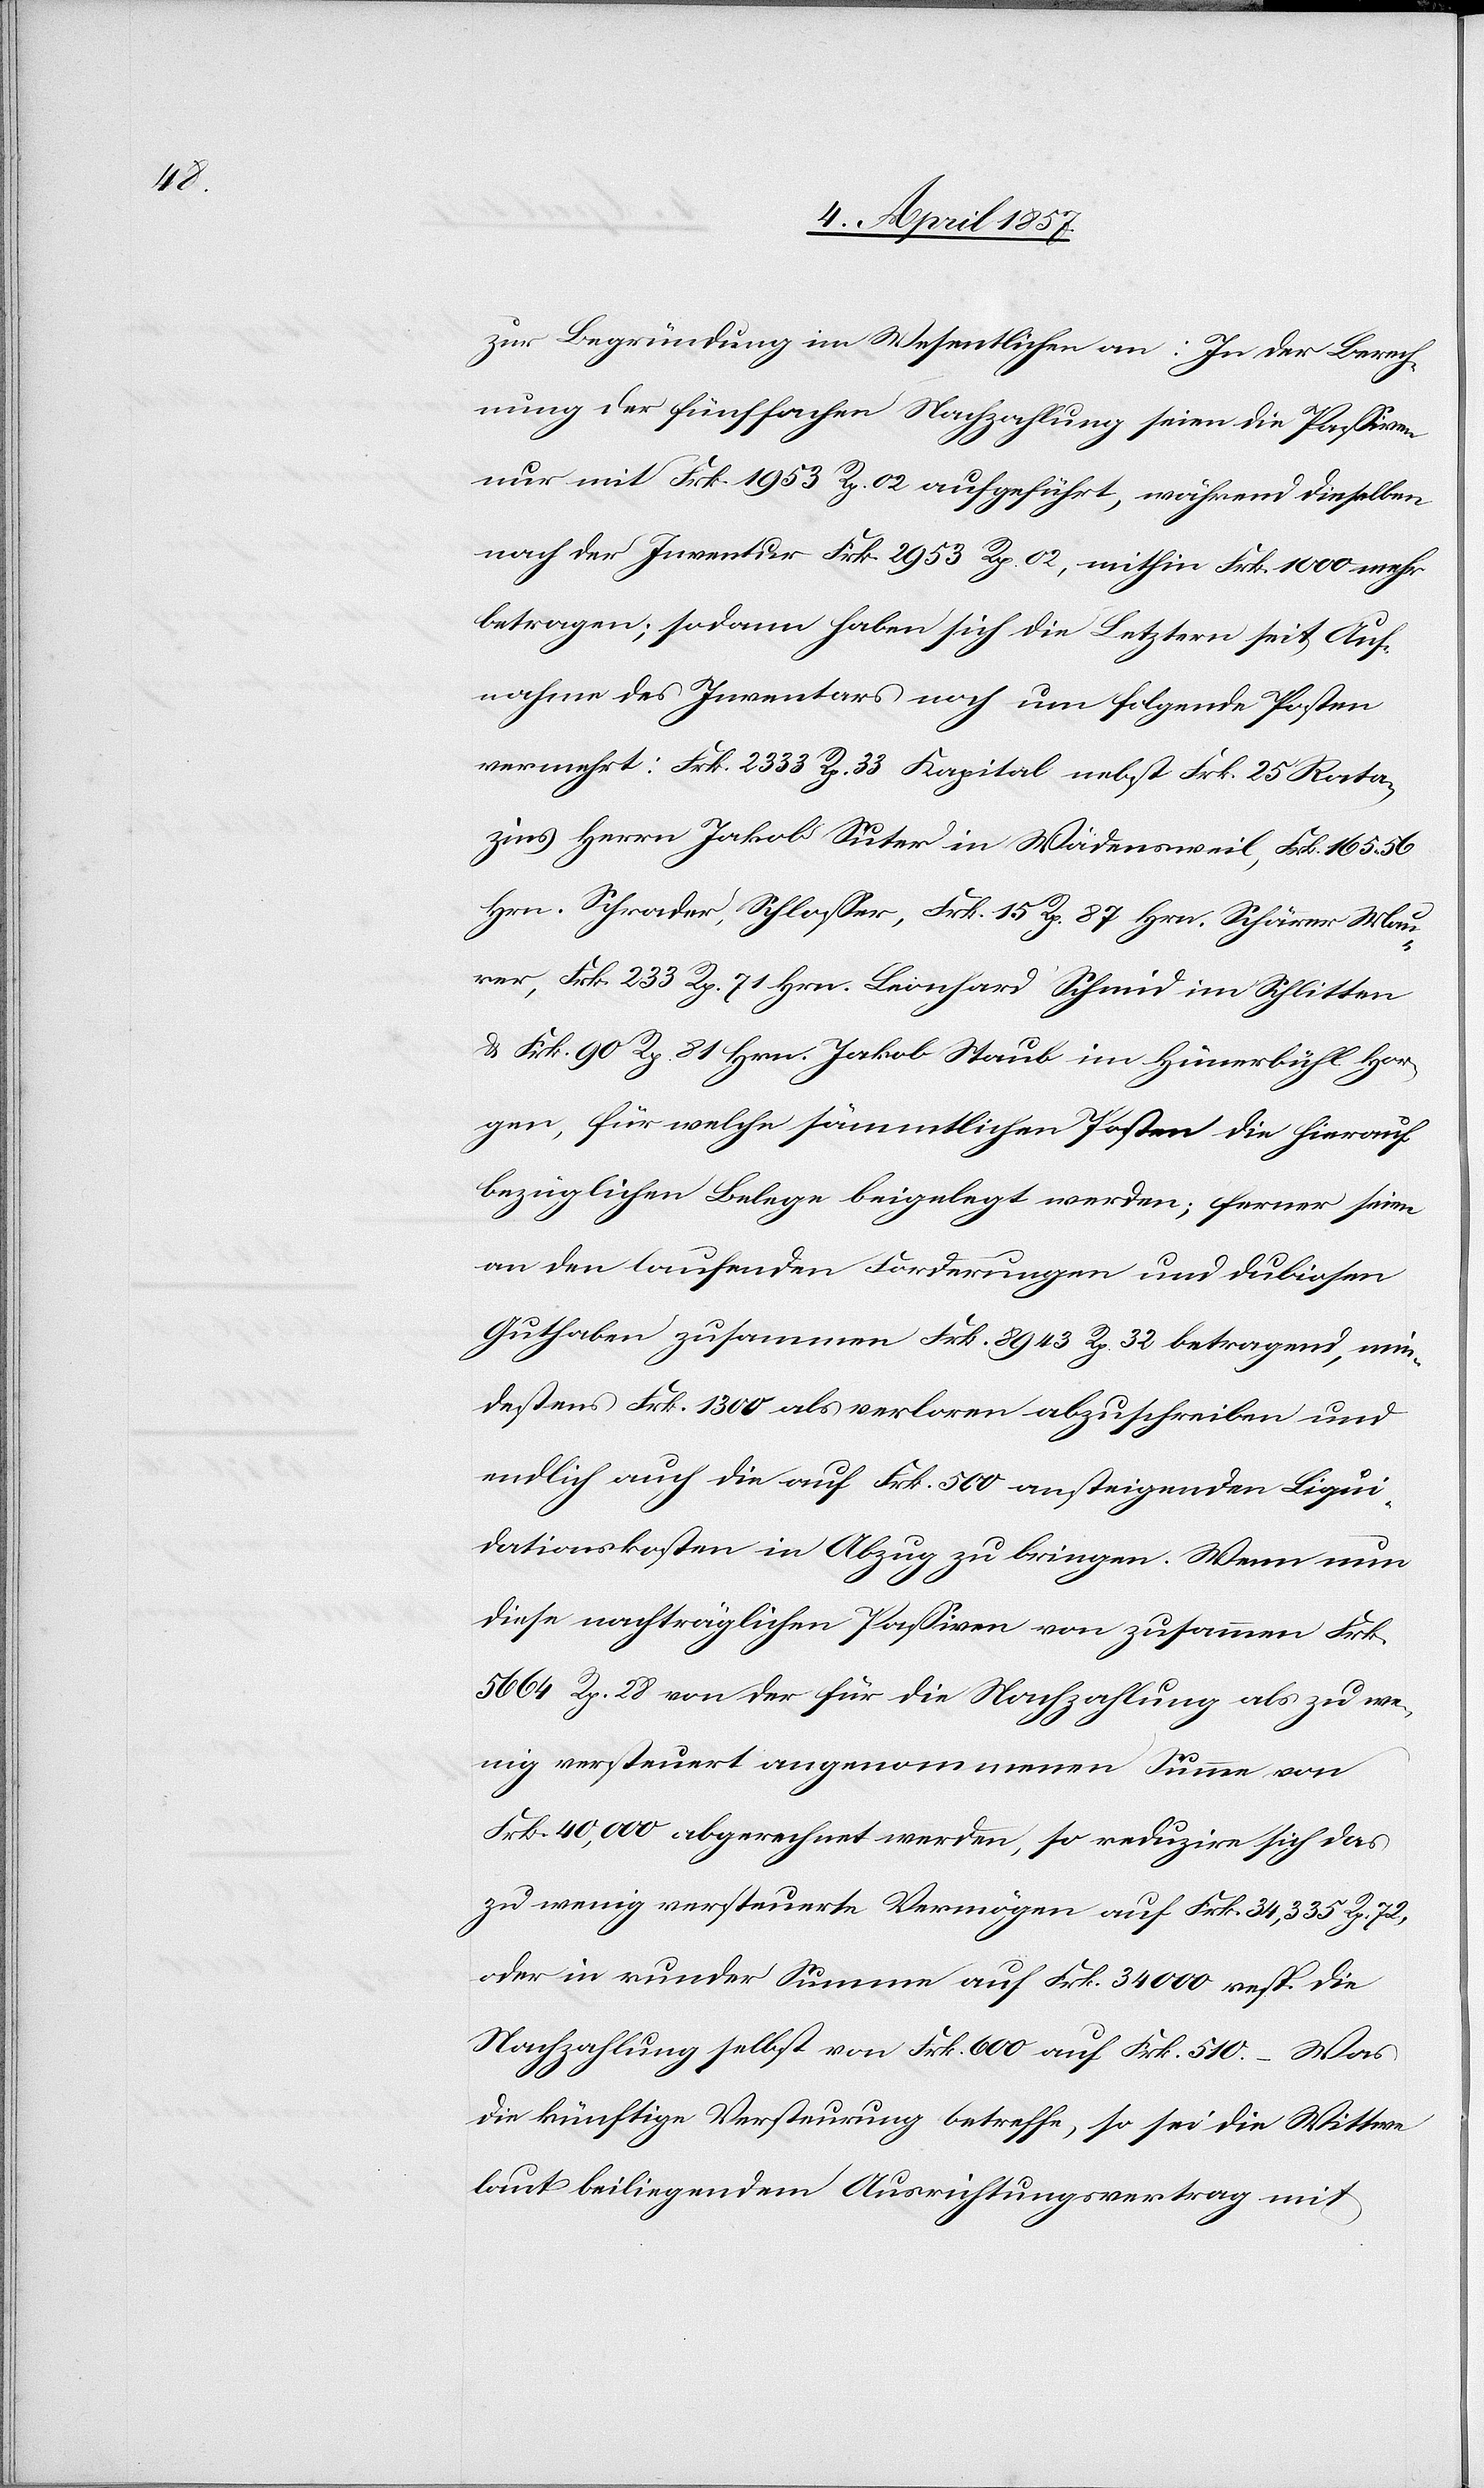
zur Begründung im Wesentlichen an: In der Berech¬
nung der fünffachen Nachzahlung seien die Passiven
nur mit Frk. 1953 Rp. 02 aufgeführt, während dieselben
nach der Inventur Frk. 2953 Rp. 02, mithin Frk. 1000 mehr
betragen; sodann haben sich die Letztern seit Auf¬
nahme des Inventars noch um folgende Posten
vermehrt: Frk. 2333 Rp. 33 Kapital nebst Frk. 25 Rata¬
zins Herrn Jakob Suter in Wädensweil, Frk. 165. 56
Hrn. Schrader, Schlosser, Frk. 15 Rp. 87 Hrn Schärer Mau¬
rer, Frk. 233 Rp. 71 Hrn. Leonhard Schmid im Schlitten
& Frk. 90 Rp. 81 Hrn. Jakob Staub im Hünerbühl Hor¬
gen, für welche sämmtlichen Posten die hierauf
bezüglichen Belege beigelegt werden; ferner seien
an den laufenden Forderungen und dubiosen
Guthaben zusammen Frk. 8943 Rp. 32 betragend, min¬
destens Frk. 1300 als verloren abzuschreiben und
endlich auch die auf Frk. 500 ansteigenden Liqui¬
dationskosten in Abzug zu bringen. Wenn nun
diese nachträglichen Passiven von zusammen Frk.
5664 Rp. 28 von der für die Nachzahlung als zu we¬
nig versteuert angenommenen Summe von
Frk. 40,000 abgerechnet werden, so reduzire sich das
zu wenig versteuerte Vermögen auf Frk. 34,335 Rp. 72,
oder in runder Summe auf Frk. 34 000 resp. die
Nachzahlung selbst von Frk. 600 auf Frk. 510. – Was
die künftige Versteurung betreffe, so sei die Wittwe
laut beiliegendem Ausrichtungsvertrag mit